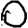
Digit: 0